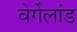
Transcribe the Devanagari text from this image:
वेर्गेलांड